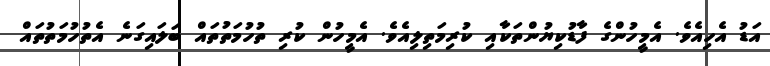
އަޑު އެހިއެވެ. އެމީހުންގެ ފާޑުކިޔުންތަކާއި ކުރިމަތިލިއެވެ. އެމީހުން ކުރި ތުހުމަތުތައް ބަލައިގަނެ އެތުހުމަތުތައް